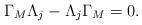
LaTeX: \begin{align*}\Gamma _{M}\Lambda _{j}-\Lambda _{j}\Gamma _{M}=0. \end{align*}